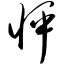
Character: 怦